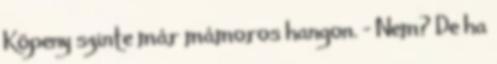
Köpeny szinte már mámoros hangon. - Nem? De ha